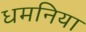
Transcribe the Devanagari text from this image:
धमनिया